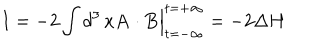
I = - 2 \int d ^ { 3 } \, x { \bf A } \cdot { \bf B } \Big | _ { t = - \infty } ^ { t = + \infty } = - 2 \Delta H